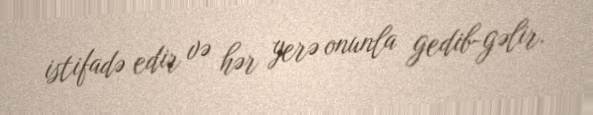
istifadə edir və hər yerə onunla gedib-gəlir.